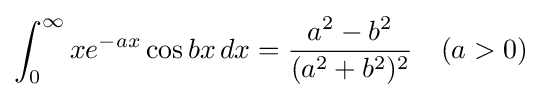
\int _{0}^{\infty }xe^{-ax}\cos bx\,dx={\frac {a^{2}-b^{2}}{(a^{2}+b^{2})^{2}}}\quad (a>0)